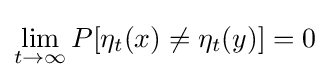
\lim _{t\rightarrow \infty }P[\eta _{t}(x)\neq \eta _{t}(y)]=0